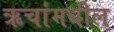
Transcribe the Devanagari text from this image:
ऋचांमधील